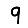
Digit: 9